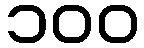
၁၀၀